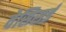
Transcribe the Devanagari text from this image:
वेसिसई